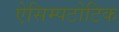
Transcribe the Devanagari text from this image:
ऐसिम्पटोटिक